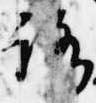
路